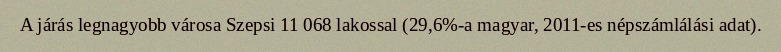
A járás legnagyobb városa Szepsi 11 068 lakossal (29,6%-a magyar, 2011-es népszámlálási adat).